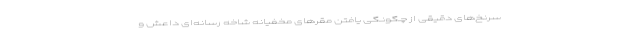
سرنخ‌های دقیقی از چگونگی یافتن مقرهای مخفیانه شاخه رسانه‌ای داعش و